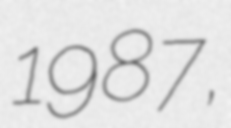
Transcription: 1987,